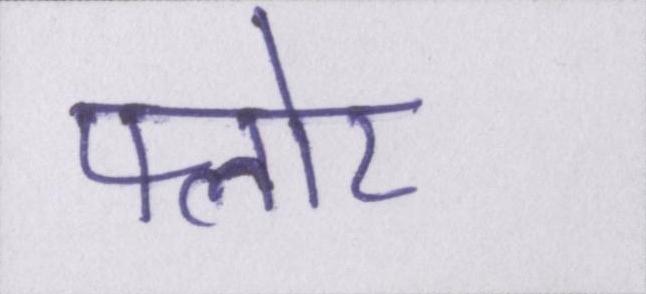
फ्लोर